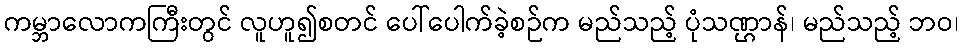
ကမ္ဘာလောကကြီးတွင် လူဟူ၍စတင် ပေါ်ပေါက်ခဲ့စဉ်က မည်သည့် ပုံသဏ္ဌာန်၊ မည်သည့် ဘဝ၊